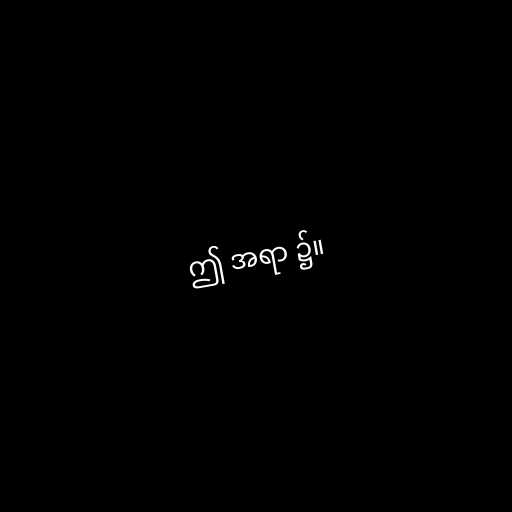
ဤ အရာ ၌။